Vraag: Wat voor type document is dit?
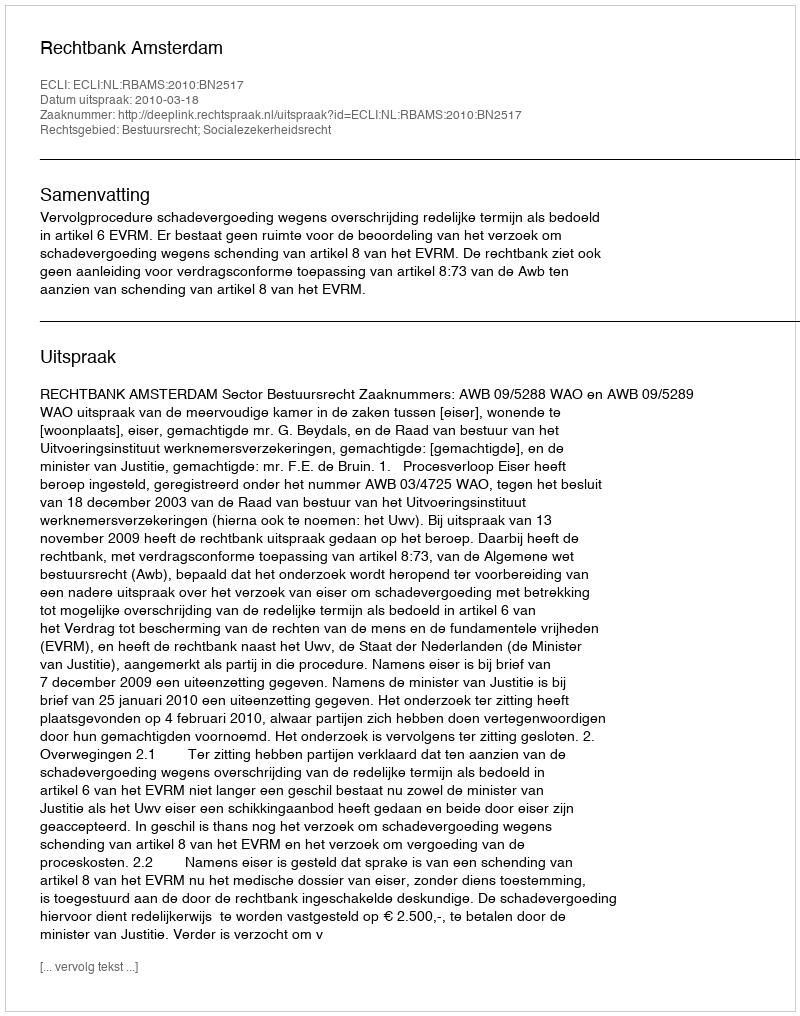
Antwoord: Uitspraak